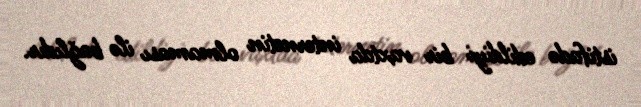
istifadə edildiyi bir vaxtda internetin olmaması ilə bağlıdır.